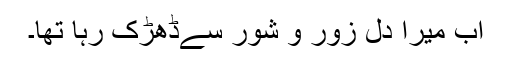
اب میرا دل زور و شور سےڈھڑک رہا تھا۔